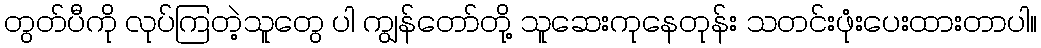
တွတ်ပီကို လုပ်ကြတဲ့သူတွေ ပါ ကျွန်တော်တို့ သူဆေးကုနေတုန်း သတင်းဖုံးပေးထားတာပါ။